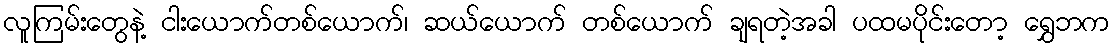
လူကြမ်းတွေနဲ့ ငါးယောက်တစ်ယောက်၊ ဆယ်ယောက် တစ်ယောက် ချရတဲ့အခါ ပထမပိုင်းတော့ ရွှေဘက